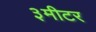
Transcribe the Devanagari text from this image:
३मीटर